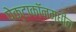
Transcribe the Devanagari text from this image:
पेक्टाकॉनमधील